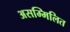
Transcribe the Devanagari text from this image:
असम्मिलित